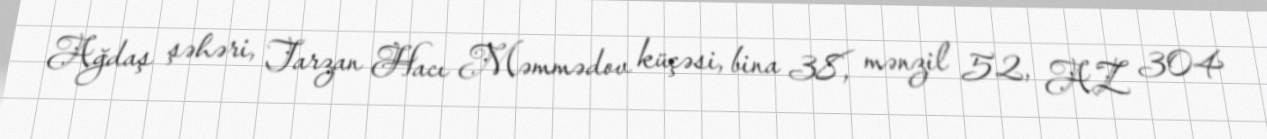
Ağdaş şəhəri, Tarzan Hacı Məmmədov küçəsi, bina 38, mənzil 52, AZ 304